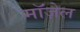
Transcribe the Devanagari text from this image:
मॉज़ेल